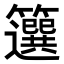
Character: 𥶷